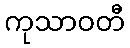
ကုသာဝတီ